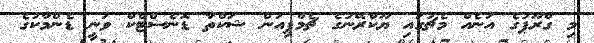
މި ގްރޫޕުގެ އަނެއް މެޗުގައި ޔޫކްރޭނުގެ ޗެމްޕިއަން ޝަކްތާ ޑޮނެސްޓްކް ވަނީ ޑެންމާކުގެ